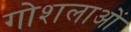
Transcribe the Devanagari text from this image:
गोशलाओं